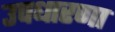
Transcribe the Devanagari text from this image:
उपधारणा